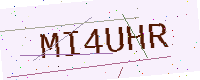
Text: MI4UHR